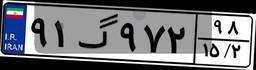
۹۱گ۹۷۲۹۸